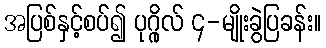
အပြစ်နှင့်စပ်၍ ပုဂ္ဂိုလ် ၄-မျိုးခွဲပြခန်း။